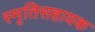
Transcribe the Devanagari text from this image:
स्मृतिसहायक